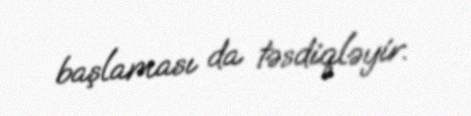
başlaması da təsdiqləyir.